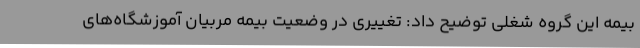
بیمه این گروه شغلی توضیح داد: تغییری در وضعیت بیمه مربیان آموزشگاه‌های